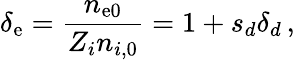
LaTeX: \delta_{\mathrm{e}}=\frac{{n_{\mathrm{e}0}}}{{Z_{i}n_{i,0}}}=1+s_{d}\delta_{d}\, ,